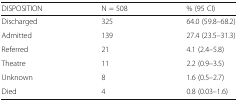
| DISPOSITION | N = 508 | % (95 CI) |
 | --- | --- | --- |
 | Discharged | 325 | 64.0 (59.8–68.2) |
 | Admitted | 139 | 27.4 (23.5–31.3) |
 | Referred | 21 | 4.1 (2.4–5.8) |
 | Theatre | 11 | 2.2 (0.9–3.5) |
 | Unknown | 8 | 1.6 (0.5–2.7) |
 | Died | 4 | 0.8 (0.03–1.6) |